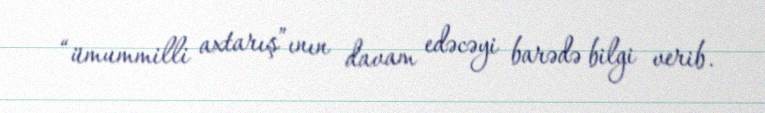
“ümummilli axtarış”ının davam edəcəyi barədə bilgi verib.